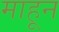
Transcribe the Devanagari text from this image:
माहून